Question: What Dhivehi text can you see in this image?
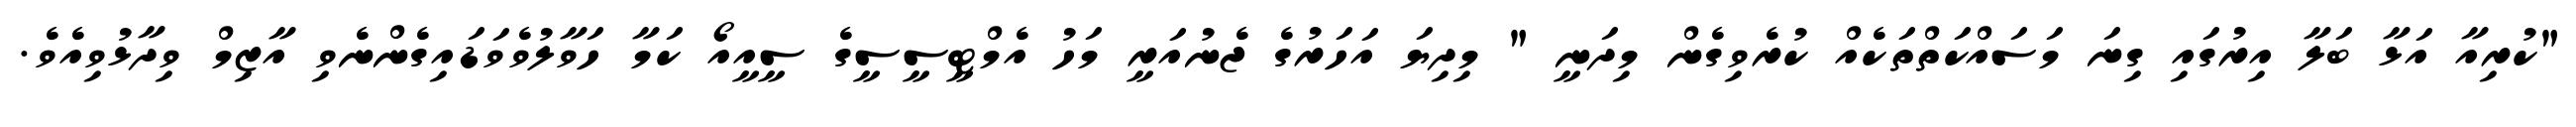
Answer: "ކުރިއާ އަޅާ ބަލާ އިރުގައި ގިނަ މަސައްކަތްތަކެއް ކުރެވިގެން މިދަނީ " މިދިޔަ އަހަރުގެ ޖެނުއަރީ މަހު އެމްޓީސީސީގެ ސީއީއޯ ކަމާ ހަވާލުވެވަޑައިގެންނެވި އާޒިމް ވިދާޅުވިއެވެ.